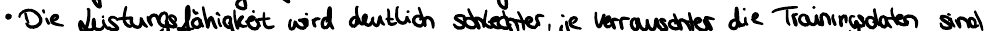
Die Leistungsfähigkeit wird deutlich schlechter, je verrauschter die Trainingsdaten sind